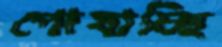
পোষাচ্ছি